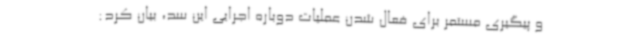
و پیگیری مستمر برای فعال شدن عملیات دوباره اجرایی این سد، بیان کرد: